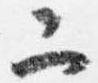
二